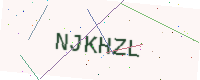
Text: NJKHZL